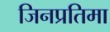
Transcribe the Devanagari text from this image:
जिनप्रतिमा